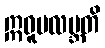
ဣဓူပလဗ္ဘတိ